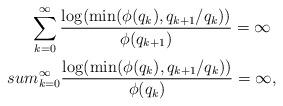
LaTeX: \begin{align*}\sum_{k=0}^{\infty}\frac{\log(\min(\phi(q_k),q_{k+1}/q_k))}{\phi(q_{k+1})}=\infty\ \\sum_{k=0}^{\infty}\frac{\log(\min(\phi(q_k),q_{k+1}/q_k))}{\phi(q_k)}=\infty,\end{align*}